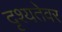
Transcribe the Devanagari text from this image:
दृश्यतेवर